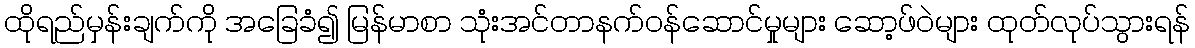
ထိုရည်မှန်းချက်ကို အခြေခံ၍ မြန်မာစာ သုံးအင်တာနက်ဝန်ဆောင်မှုများ ဆော့ဖ်ဝဲများ ထုတ်လုပ်သွားရန်